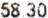
58.30